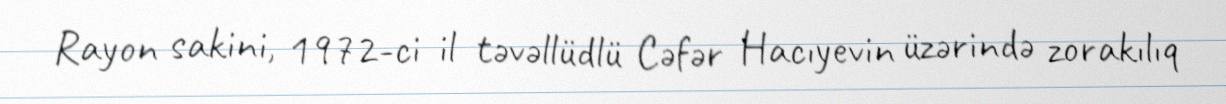
Rayon sakini, 1972-ci il təvəllüdlü Cəfər Hacıyevin üzərində zorakılıq